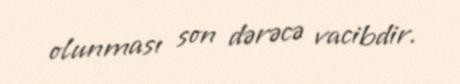
olunması son dərəcə vacibdir.